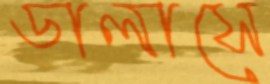
ডালাসে